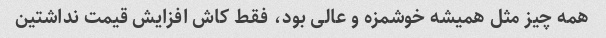
همه چیز مثل همیشه خوشمزه و عالی بود، فقط کاش افزایش قیمت نداشتین